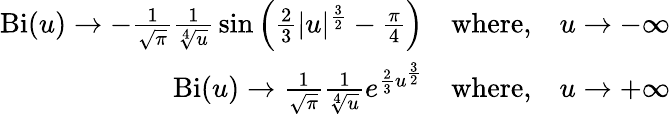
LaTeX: {\begin{array}{r}{\operatorname{Bi}(u)\rightarrow-{\frac{1}{\sqrt{\pi}}}{\frac{1}{\sqrt[{4}]{u}}}\sin{\left({\frac{2}{3}}|u|^{\frac{3}{2}}-{\frac{\pi}{4}}\right)}\quad{\textrm{where,}}\quad u\rightarrow-\infty}\\ {\operatorname{Bi}(u)\rightarrow{\frac{1}{\sqrt{\pi}}}{\frac{1}{\sqrt[{4}]{u}}}e^{{\frac{2}{3}}u^{\frac{3}{2}}}\quad{\textrm{where,}}\quad u\rightarrow+\infty}\end{array}}